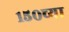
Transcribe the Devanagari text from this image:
१५०च्या